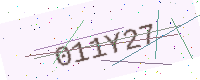
Text: 011Y27